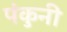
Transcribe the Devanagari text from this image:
पंकुनी